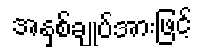
အနှစ်ချုပ်အားဖြင့်